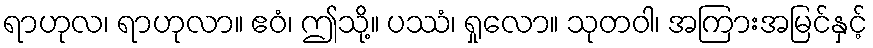
ရာဟုလ၊ ရာဟုလာ။ ဧဝံ၊ ဤသို့။ ပဿံ၊ ရှုလော။ သုတဝါ၊ အကြားအမြင်နှင့်